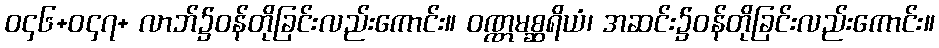
ဝ၄၆+ဝ၄၇+ လာဘ်၌ဝန်တိုခြင်းလည်းကောင်း။ ဝဏ္ဏမစ္ဆရိယံ၊ အဆင်း၌ဝန်တိုခြင်းလည်းကောင်း။